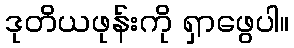
ဒုတိယဖုန်းကို ရှာဖွေပါ။